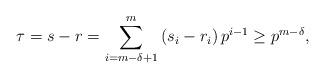
LaTeX: \begin{align*} \tau=s-r=\sum_{i=m-\delta+1}^m\left(s_i-r_i\right) p^{i-1} \geq p^{m-\delta}, \end{align*}